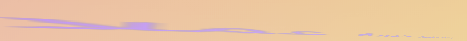
نحن نؤمن بتقديم خدمة عملا